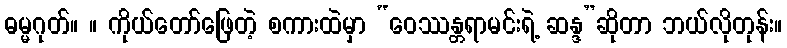
ဓမ္မဂုတ်။ ။ ကိုယ်တော်ဖြေတဲ့ စကားထဲမှာ “ဝေဿန္တရာမင်းရဲ့ ဆန္ဒ”ဆိုတာ ဘယ်လိုတုန်း။